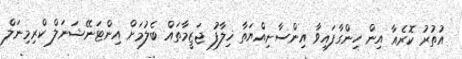
އުތުރު ކޮރެއާ އިން ހިންގާފައިވާ އިންސާނިއްޔަތާ ޚިލާފު ޖަޒީމާތައް ބެލުމަށް އިންޓަނޭޝަނަލް ކްރިމިނަލް